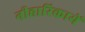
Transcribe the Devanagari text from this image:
नीहारिकायें